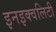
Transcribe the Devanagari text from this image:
इनइक्वलिटी